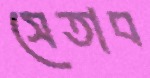
সেতাব